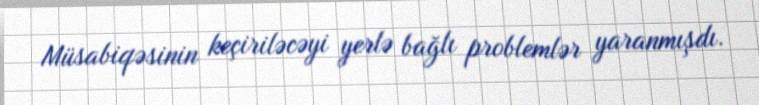
Müsabiqəsinin keçiriləcəyi yerlə bağlı problemlər yaranmışdı.